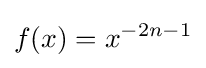
f(x)=x^{-2n-1}